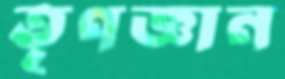
তৃণজ্ঞান